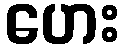
ဟေး